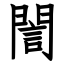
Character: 誾